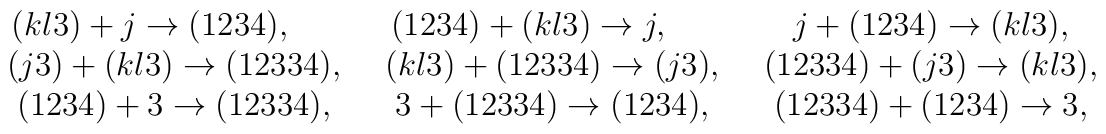
\begin{array}{ccc}(kl3)+j\rightarrow (1234),\qquad  & (1234)+(kl3)\rightarrow j,\qquad  & j+(1234)\rightarrow (kl3), \\ (j3)+(kl3)\rightarrow (12334),\,\,\, & (kl3)+(12334)\rightarrow (j3),\,\,\,& (12334)+(j3)\rightarrow (kl3), \\ (1234)+3\rightarrow (12334),\,\,\, & 3+(12334)\rightarrow (1234),\,\,\, & (12334)+(1234)\rightarrow 3,\end{array}